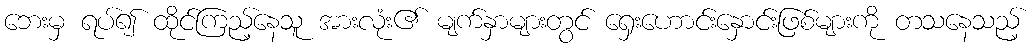
ဘေးမှ ရပ်၍ ထိုင်ကြည့်နေသူ အားလုံး၏ မျက်နှာများတွင် ရှေးဟောင်းနှောင်းဖြစ်များကို တသနေသည့်